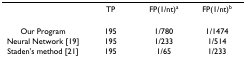
|  | TP | FP(1/nt)a | FP(1/nt)b |
 | --- | --- | --- | --- |
 | Our Program | 195 | 1/780 | 1/1474 |
 | Neural Network [19] | 195 | 1/233 | 1/514 |
 | Staden's method [21] | 195 | 1/65 | 1/233 |